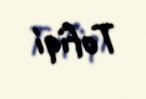
Tofiqi